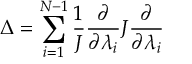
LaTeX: \Delta = \sum _ { i = 1 } ^ { N - 1 } \frac { 1 } { J } \frac { \partial } { \partial \lambda _ { i } } J \frac { \partial } { \partial \lambda _ { i } }